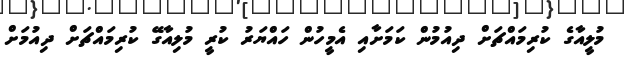
މުލީއާގެ ކުރިމައްޗަށް ދިއުމުން ކަމަށާއި އެމީހުން ހައްޔަރު ކުރީ މުލިއާގޭ ކުރިމައްޗަށް ދިއުމަށް